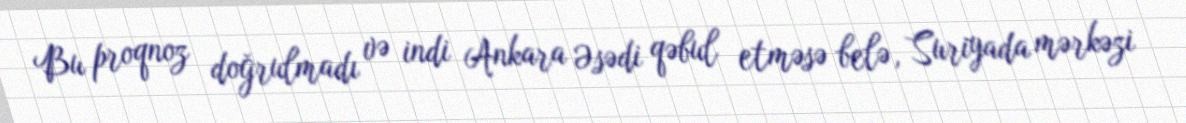
Bu proqnoz doğrulmadı və indi Ankara Əsədi qəbul etməsə belə, Suriyada mərkəzi